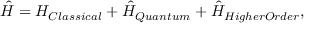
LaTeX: \hat { H } = H _ { C l a s s i c a l } + \hat { H } _ { Q u a n t u m } + \hat { H } _ { H i g h e r O r d e r } ,